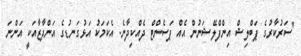
"ސަރުކާރުގެ ޕަބްލިޝް އިންފްލޭޝަނުން އެއް ޕަސެންޓް ދެއްކިދާނެ. އެކަމަކު އަޅުގަނޑުގެ އަންދާޒާއަކީ އަންނަ